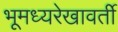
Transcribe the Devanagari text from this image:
भूमध्यरेखावर्ती